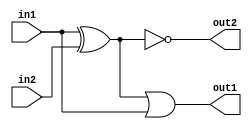
module structural(
    input in1,
    input in2,
    output out1,
    output out2
);

wire a;

xor xor1(a,in1,in2);
not not1(out2,a);
or or1(out1,a,in1);

endmodule